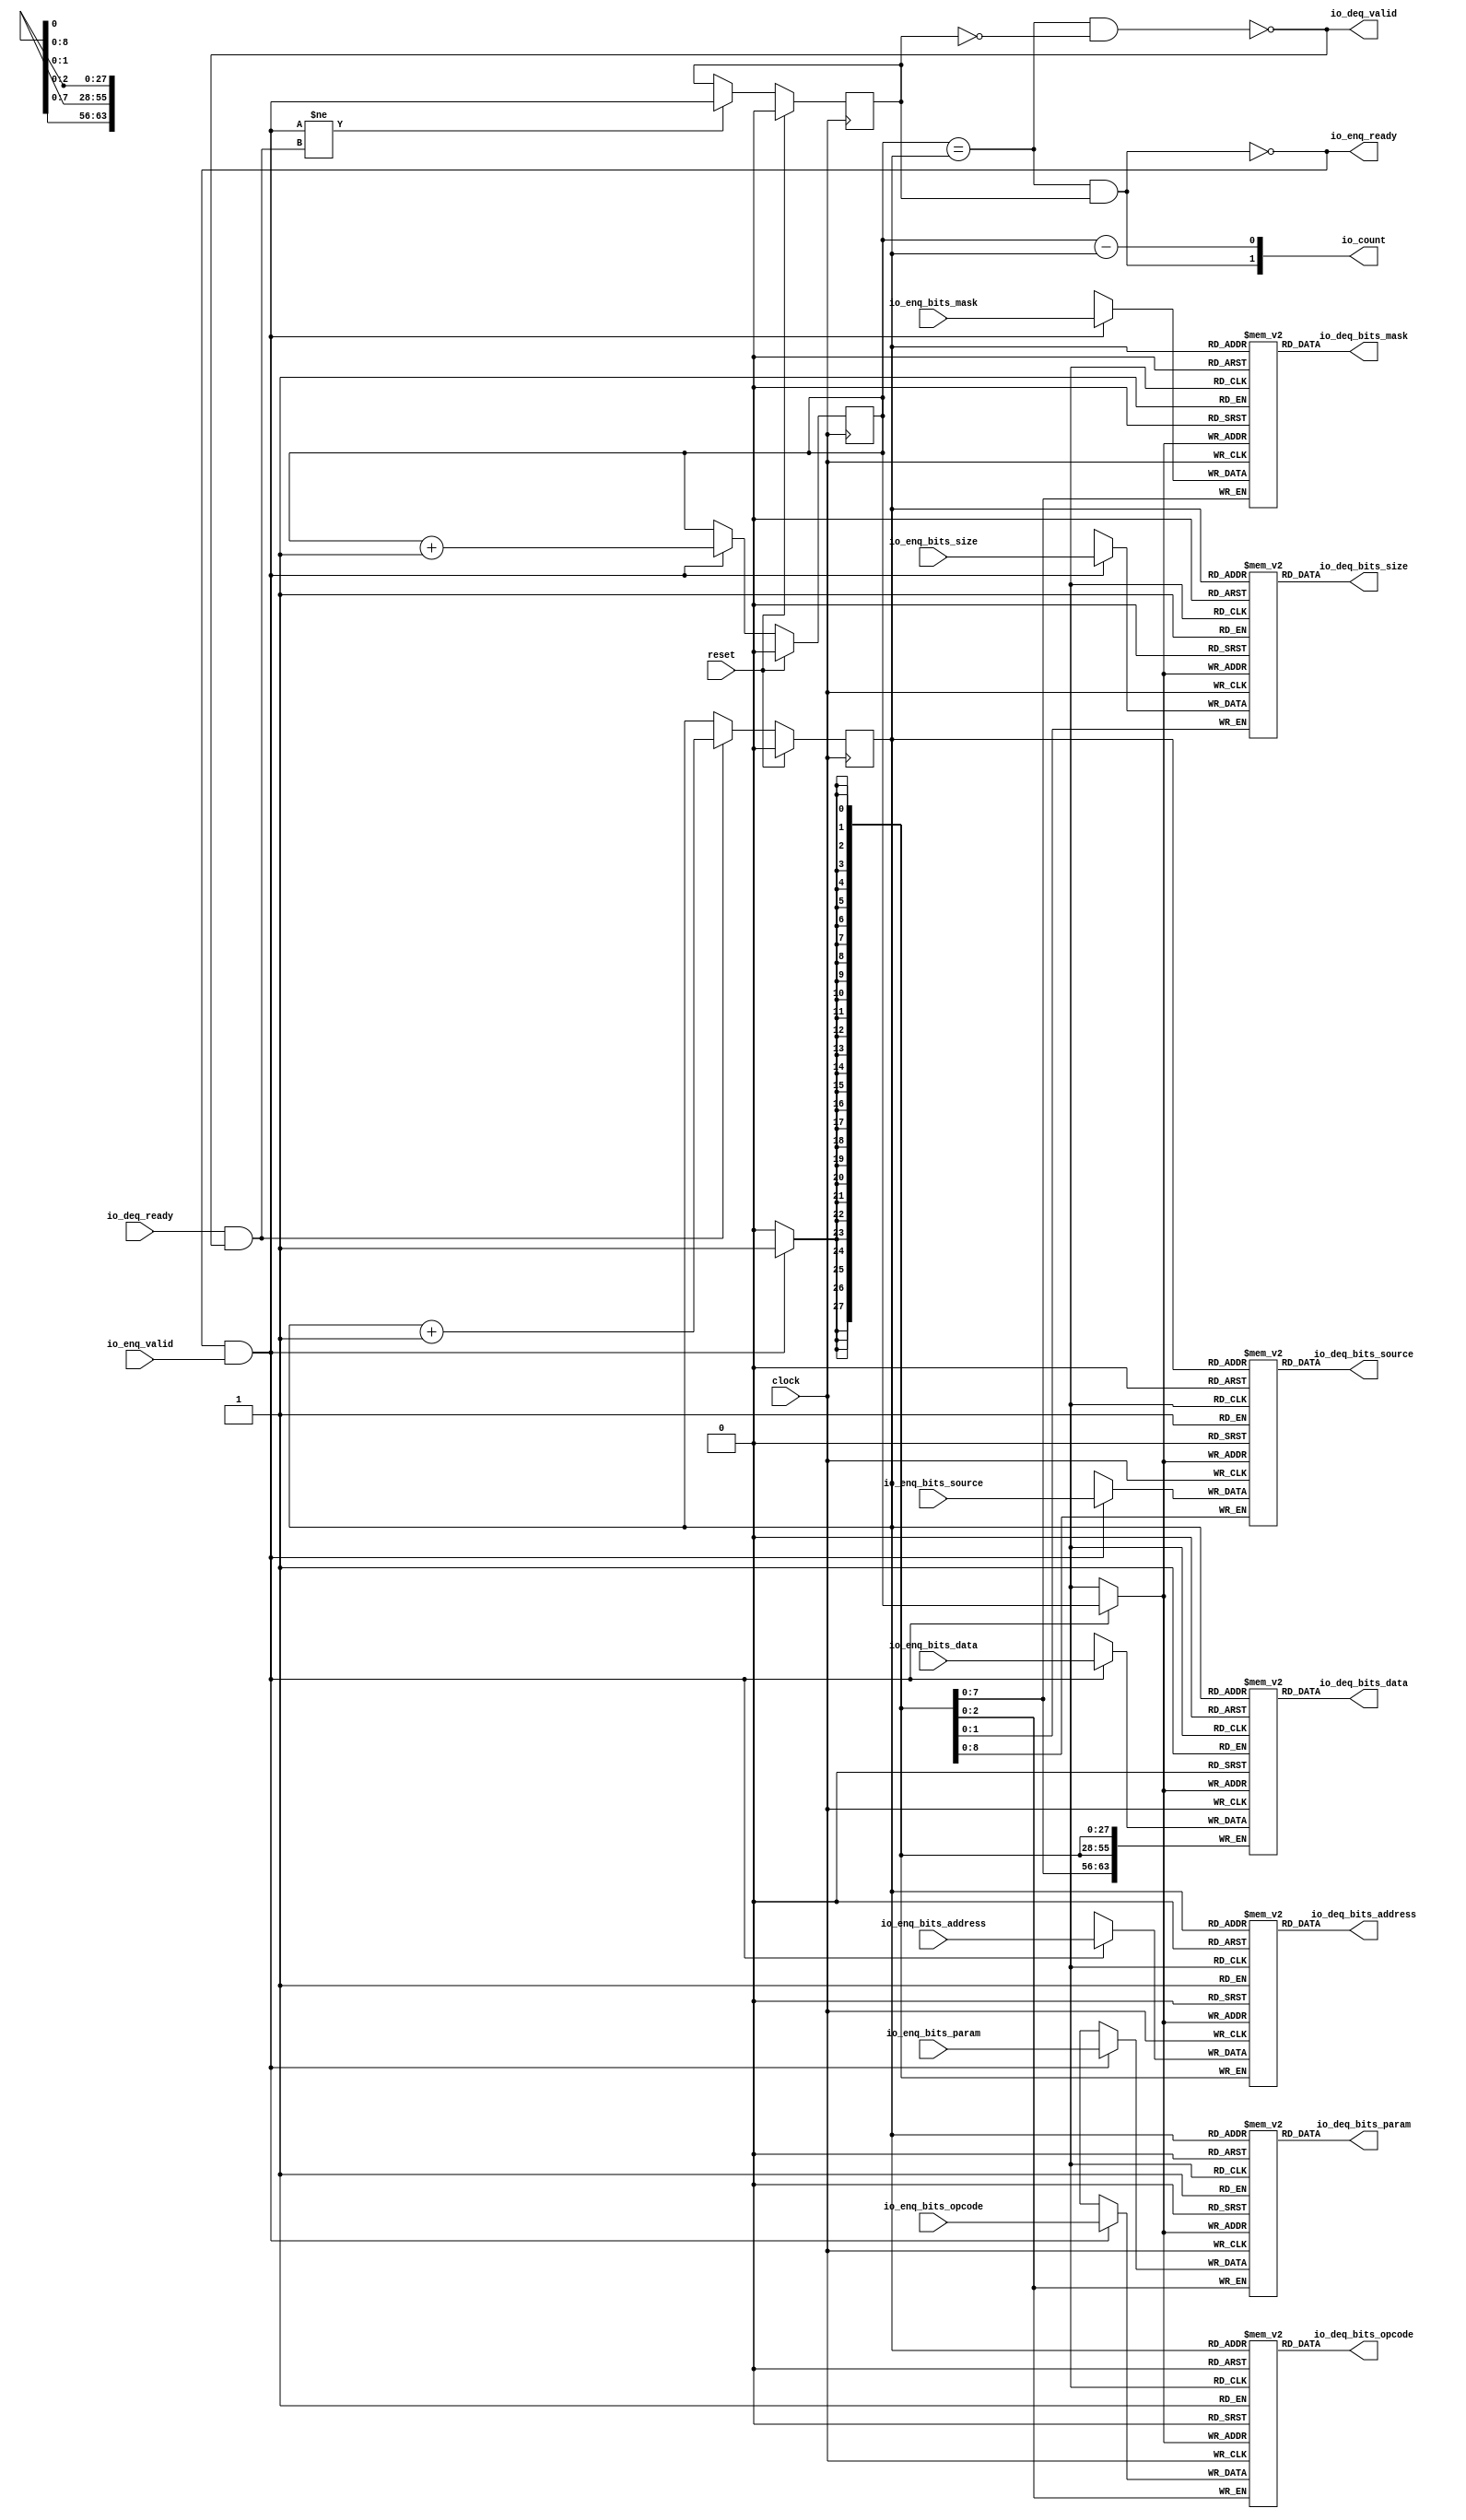
module Queue_28(
  input   clock,
  input   reset,
  output  io_enq_ready,
  input   io_enq_valid,
  input  [2:0] io_enq_bits_opcode,
  input  [2:0] io_enq_bits_param,
  input  [1:0] io_enq_bits_size,
  input  [8:0] io_enq_bits_source,
  input  [27:0] io_enq_bits_address,
  input  [7:0] io_enq_bits_mask,
  input  [63:0] io_enq_bits_data,
  input   io_deq_ready,
  output  io_deq_valid,
  output [2:0] io_deq_bits_opcode,
  output [2:0] io_deq_bits_param,
  output [1:0] io_deq_bits_size,
  output [8:0] io_deq_bits_source,
  output [27:0] io_deq_bits_address,
  output [7:0] io_deq_bits_mask,
  output [63:0] io_deq_bits_data,
  output [1:0] io_count
);
  reg [2:0] ram_opcode [0:1];
  reg [31:0] _GEN_0;
  wire [2:0] ram_opcode__T_110_data;
  wire  ram_opcode__T_110_addr;
  wire [2:0] ram_opcode__T_87_data;
  wire  ram_opcode__T_87_addr;
  wire  ram_opcode__T_87_mask;
  wire  ram_opcode__T_87_en;
  reg [2:0] ram_param [0:1];
  reg [31:0] _GEN_1;
  wire [2:0] ram_param__T_110_data;
  wire  ram_param__T_110_addr;
  wire [2:0] ram_param__T_87_data;
  wire  ram_param__T_87_addr;
  wire  ram_param__T_87_mask;
  wire  ram_param__T_87_en;
  reg [1:0] ram_size [0:1];
  reg [31:0] _GEN_2;
  wire [1:0] ram_size__T_110_data;
  wire  ram_size__T_110_addr;
  wire [1:0] ram_size__T_87_data;
  wire  ram_size__T_87_addr;
  wire  ram_size__T_87_mask;
  wire  ram_size__T_87_en;
  reg [8:0] ram_source [0:1];
  reg [31:0] _GEN_3;
  wire [8:0] ram_source__T_110_data;
  wire  ram_source__T_110_addr;
  wire [8:0] ram_source__T_87_data;
  wire  ram_source__T_87_addr;
  wire  ram_source__T_87_mask;
  wire  ram_source__T_87_en;
  reg [27:0] ram_address [0:1];
  reg [31:0] _GEN_4;
  wire [27:0] ram_address__T_110_data;
  wire  ram_address__T_110_addr;
  wire [27:0] ram_address__T_87_data;
  wire  ram_address__T_87_addr;
  wire  ram_address__T_87_mask;
  wire  ram_address__T_87_en;
  reg [7:0] ram_mask [0:1];
  reg [31:0] _GEN_5;
  wire [7:0] ram_mask__T_110_data;
  wire  ram_mask__T_110_addr;
  wire [7:0] ram_mask__T_87_data;
  wire  ram_mask__T_87_addr;
  wire  ram_mask__T_87_mask;
  wire  ram_mask__T_87_en;
  reg [63:0] ram_data [0:1];
  reg [63:0] _GEN_6;
  wire [63:0] ram_data__T_110_data;
  wire  ram_data__T_110_addr;
  wire [63:0] ram_data__T_87_data;
  wire  ram_data__T_87_addr;
  wire  ram_data__T_87_mask;
  wire  ram_data__T_87_en;
  reg  _T_76;
  reg [31:0] _GEN_7;
  reg  _T_78;
  reg [31:0] _GEN_8;
  reg  maybe_full;
  reg [31:0] _GEN_9;
  wire  _T_80;
  wire  _T_82;
  wire  _T_83;
  wire  _T_84;
  wire  _T_85;
  wire  do_enq;
  wire  _T_86;
  wire  do_deq;
  wire [1:0] _T_98;
  wire  _T_99;
  wire  _GEN_10;
  wire [1:0] _T_103;
  wire  _T_104;
  wire  _GEN_11;
  wire  _T_105;
  wire  _GEN_12;
  wire  _T_107;
  wire  _T_109;
  wire [1:0] _T_118;
  wire  _T_119;
  wire  _T_120;
  wire [1:0] _T_121;
  assign io_enq_ready = _T_109;
  assign io_deq_valid = _T_107;
  assign io_deq_bits_opcode = ram_opcode__T_110_data;
  assign io_deq_bits_param = ram_param__T_110_data;
  assign io_deq_bits_size = ram_size__T_110_data;
  assign io_deq_bits_source = ram_source__T_110_data;
  assign io_deq_bits_address = ram_address__T_110_data;
  assign io_deq_bits_mask = ram_mask__T_110_data;
  assign io_deq_bits_data = ram_data__T_110_data;
  assign io_count = _T_121;
  assign ram_opcode__T_110_addr = _T_78;
  assign ram_opcode__T_110_data = ram_opcode[ram_opcode__T_110_addr];
  assign ram_opcode__T_87_data = io_enq_bits_opcode;
  assign ram_opcode__T_87_addr = _T_76;
  assign ram_opcode__T_87_mask = do_enq;
  assign ram_opcode__T_87_en = do_enq;
  assign ram_param__T_110_addr = _T_78;
  assign ram_param__T_110_data = ram_param[ram_param__T_110_addr];
  assign ram_param__T_87_data = io_enq_bits_param;
  assign ram_param__T_87_addr = _T_76;
  assign ram_param__T_87_mask = do_enq;
  assign ram_param__T_87_en = do_enq;
  assign ram_size__T_110_addr = _T_78;
  assign ram_size__T_110_data = ram_size[ram_size__T_110_addr];
  assign ram_size__T_87_data = io_enq_bits_size;
  assign ram_size__T_87_addr = _T_76;
  assign ram_size__T_87_mask = do_enq;
  assign ram_size__T_87_en = do_enq;
  assign ram_source__T_110_addr = _T_78;
  assign ram_source__T_110_data = ram_source[ram_source__T_110_addr];
  assign ram_source__T_87_data = io_enq_bits_source;
  assign ram_source__T_87_addr = _T_76;
  assign ram_source__T_87_mask = do_enq;
  assign ram_source__T_87_en = do_enq;
  assign ram_address__T_110_addr = _T_78;
  assign ram_address__T_110_data = ram_address[ram_address__T_110_addr];
  assign ram_address__T_87_data = io_enq_bits_address;
  assign ram_address__T_87_addr = _T_76;
  assign ram_address__T_87_mask = do_enq;
  assign ram_address__T_87_en = do_enq;
  assign ram_mask__T_110_addr = _T_78;
  assign ram_mask__T_110_data = ram_mask[ram_mask__T_110_addr];
  assign ram_mask__T_87_data = io_enq_bits_mask;
  assign ram_mask__T_87_addr = _T_76;
  assign ram_mask__T_87_mask = do_enq;
  assign ram_mask__T_87_en = do_enq;
  assign ram_data__T_110_addr = _T_78;
  assign ram_data__T_110_data = ram_data[ram_data__T_110_addr];
  assign ram_data__T_87_data = io_enq_bits_data;
  assign ram_data__T_87_addr = _T_76;
  assign ram_data__T_87_mask = do_enq;
  assign ram_data__T_87_en = do_enq;
  assign _T_80 = _T_76 == _T_78;
  assign _T_82 = maybe_full == 1'h0;
  assign _T_83 = _T_80 & _T_82;
  assign _T_84 = _T_80 & maybe_full;
  assign _T_85 = io_enq_ready & io_enq_valid;
  assign do_enq = _T_85;
  assign _T_86 = io_deq_ready & io_deq_valid;
  assign do_deq = _T_86;
  assign _T_98 = _T_76 + 1'h1;
  assign _T_99 = _T_98[0:0];
  assign _GEN_10 = do_enq ? _T_99 : _T_76;
  assign _T_103 = _T_78 + 1'h1;
  assign _T_104 = _T_103[0:0];
  assign _GEN_11 = do_deq ? _T_104 : _T_78;
  assign _T_105 = do_enq != do_deq;
  assign _GEN_12 = _T_105 ? do_enq : maybe_full;
  assign _T_107 = _T_83 == 1'h0;
  assign _T_109 = _T_84 == 1'h0;
  assign _T_118 = _T_76 - _T_78;
  assign _T_119 = _T_118[0:0];
  assign _T_120 = maybe_full & _T_80;
  assign _T_121 = {_T_120,_T_119};
`ifdef RANDOMIZE
  integer initvar;
  initial begin
    `ifndef verilator
      #0.002 begin end
    `endif
  _GEN_0 = {1{$random}};
  `ifdef RANDOMIZE_MEM_INIT
  for (initvar = 0; initvar < 2; initvar = initvar+1)
    ram_opcode[initvar] = _GEN_0[2:0];
  `endif
  _GEN_1 = {1{$random}};
  `ifdef RANDOMIZE_MEM_INIT
  for (initvar = 0; initvar < 2; initvar = initvar+1)
    ram_param[initvar] = _GEN_1[2:0];
  `endif
  _GEN_2 = {1{$random}};
  `ifdef RANDOMIZE_MEM_INIT
  for (initvar = 0; initvar < 2; initvar = initvar+1)
    ram_size[initvar] = _GEN_2[1:0];
  `endif
  _GEN_3 = {1{$random}};
  `ifdef RANDOMIZE_MEM_INIT
  for (initvar = 0; initvar < 2; initvar = initvar+1)
    ram_source[initvar] = _GEN_3[8:0];
  `endif
  _GEN_4 = {1{$random}};
  `ifdef RANDOMIZE_MEM_INIT
  for (initvar = 0; initvar < 2; initvar = initvar+1)
    ram_address[initvar] = _GEN_4[27:0];
  `endif
  _GEN_5 = {1{$random}};
  `ifdef RANDOMIZE_MEM_INIT
  for (initvar = 0; initvar < 2; initvar = initvar+1)
    ram_mask[initvar] = _GEN_5[7:0];
  `endif
  _GEN_6 = {2{$random}};
  `ifdef RANDOMIZE_MEM_INIT
  for (initvar = 0; initvar < 2; initvar = initvar+1)
    ram_data[initvar] = _GEN_6[63:0];
  `endif
  `ifdef RANDOMIZE_REG_INIT
  _GEN_7 = {1{$random}};
  _T_76 = _GEN_7[0:0];
  `endif
  `ifdef RANDOMIZE_REG_INIT
  _GEN_8 = {1{$random}};
  _T_78 = _GEN_8[0:0];
  `endif
  `ifdef RANDOMIZE_REG_INIT
  _GEN_9 = {1{$random}};
  maybe_full = _GEN_9[0:0];
  `endif
  end
`endif
  always @(posedge clock) begin
    if(ram_opcode__T_87_en & ram_opcode__T_87_mask) begin
      ram_opcode[ram_opcode__T_87_addr] <= ram_opcode__T_87_data;
    end
    if(ram_param__T_87_en & ram_param__T_87_mask) begin
      ram_param[ram_param__T_87_addr] <= ram_param__T_87_data;
    end
    if(ram_size__T_87_en & ram_size__T_87_mask) begin
      ram_size[ram_size__T_87_addr] <= ram_size__T_87_data;
    end
    if(ram_source__T_87_en & ram_source__T_87_mask) begin
      ram_source[ram_source__T_87_addr] <= ram_source__T_87_data;
    end
    if(ram_address__T_87_en & ram_address__T_87_mask) begin
      ram_address[ram_address__T_87_addr] <= ram_address__T_87_data;
    end
    if(ram_mask__T_87_en & ram_mask__T_87_mask) begin
      ram_mask[ram_mask__T_87_addr] <= ram_mask__T_87_data;
    end
    if(ram_data__T_87_en & ram_data__T_87_mask) begin
      ram_data[ram_data__T_87_addr] <= ram_data__T_87_data;
    end
    if (reset) begin
      _T_76 <= 1'h0;
    end else begin
      if (do_enq) begin
        _T_76 <= _T_99;
      end
    end
    if (reset) begin
      _T_78 <= 1'h0;
    end else begin
      if (do_deq) begin
        _T_78 <= _T_104;
      end
    end
    if (reset) begin
      maybe_full <= 1'h0;
    end else begin
      if (_T_105) begin
        maybe_full <= do_enq;
      end
    end
  end
endmodule